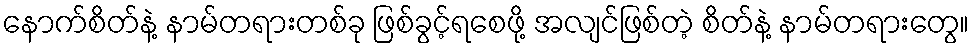
နောက်စိတ်နဲ့ နာမ်တရားတစ်ခု ဖြစ်ခွင့်ရစေဖို့ အလျင်ဖြစ်တဲ့ စိတ်နဲ့ နာမ်တရားတွေ။